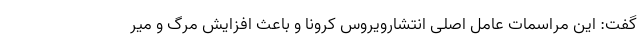
گفت: این مراسمات عامل اصلی انتشارویروس کرونا و باعث افزایش مرگ و میر